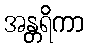
အန္တရိကာ